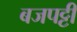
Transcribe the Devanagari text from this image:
बजपट्टी